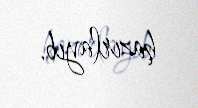
hazırlayıb.